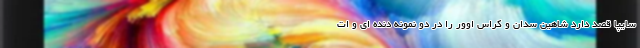
سایپا قصد دارد شاهین سدان و کراس اوور را در دو نمونه دنده ای و ات